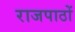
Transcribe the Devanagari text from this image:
राजपाठों